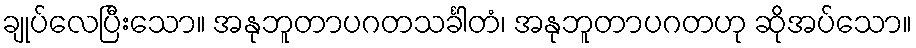
ချုပ်လေပြီးသော။ အနုဘူတာပဂတသင်္ခါတံ၊ အနုဘူတာပဂတဟု ဆိုအပ်သော။